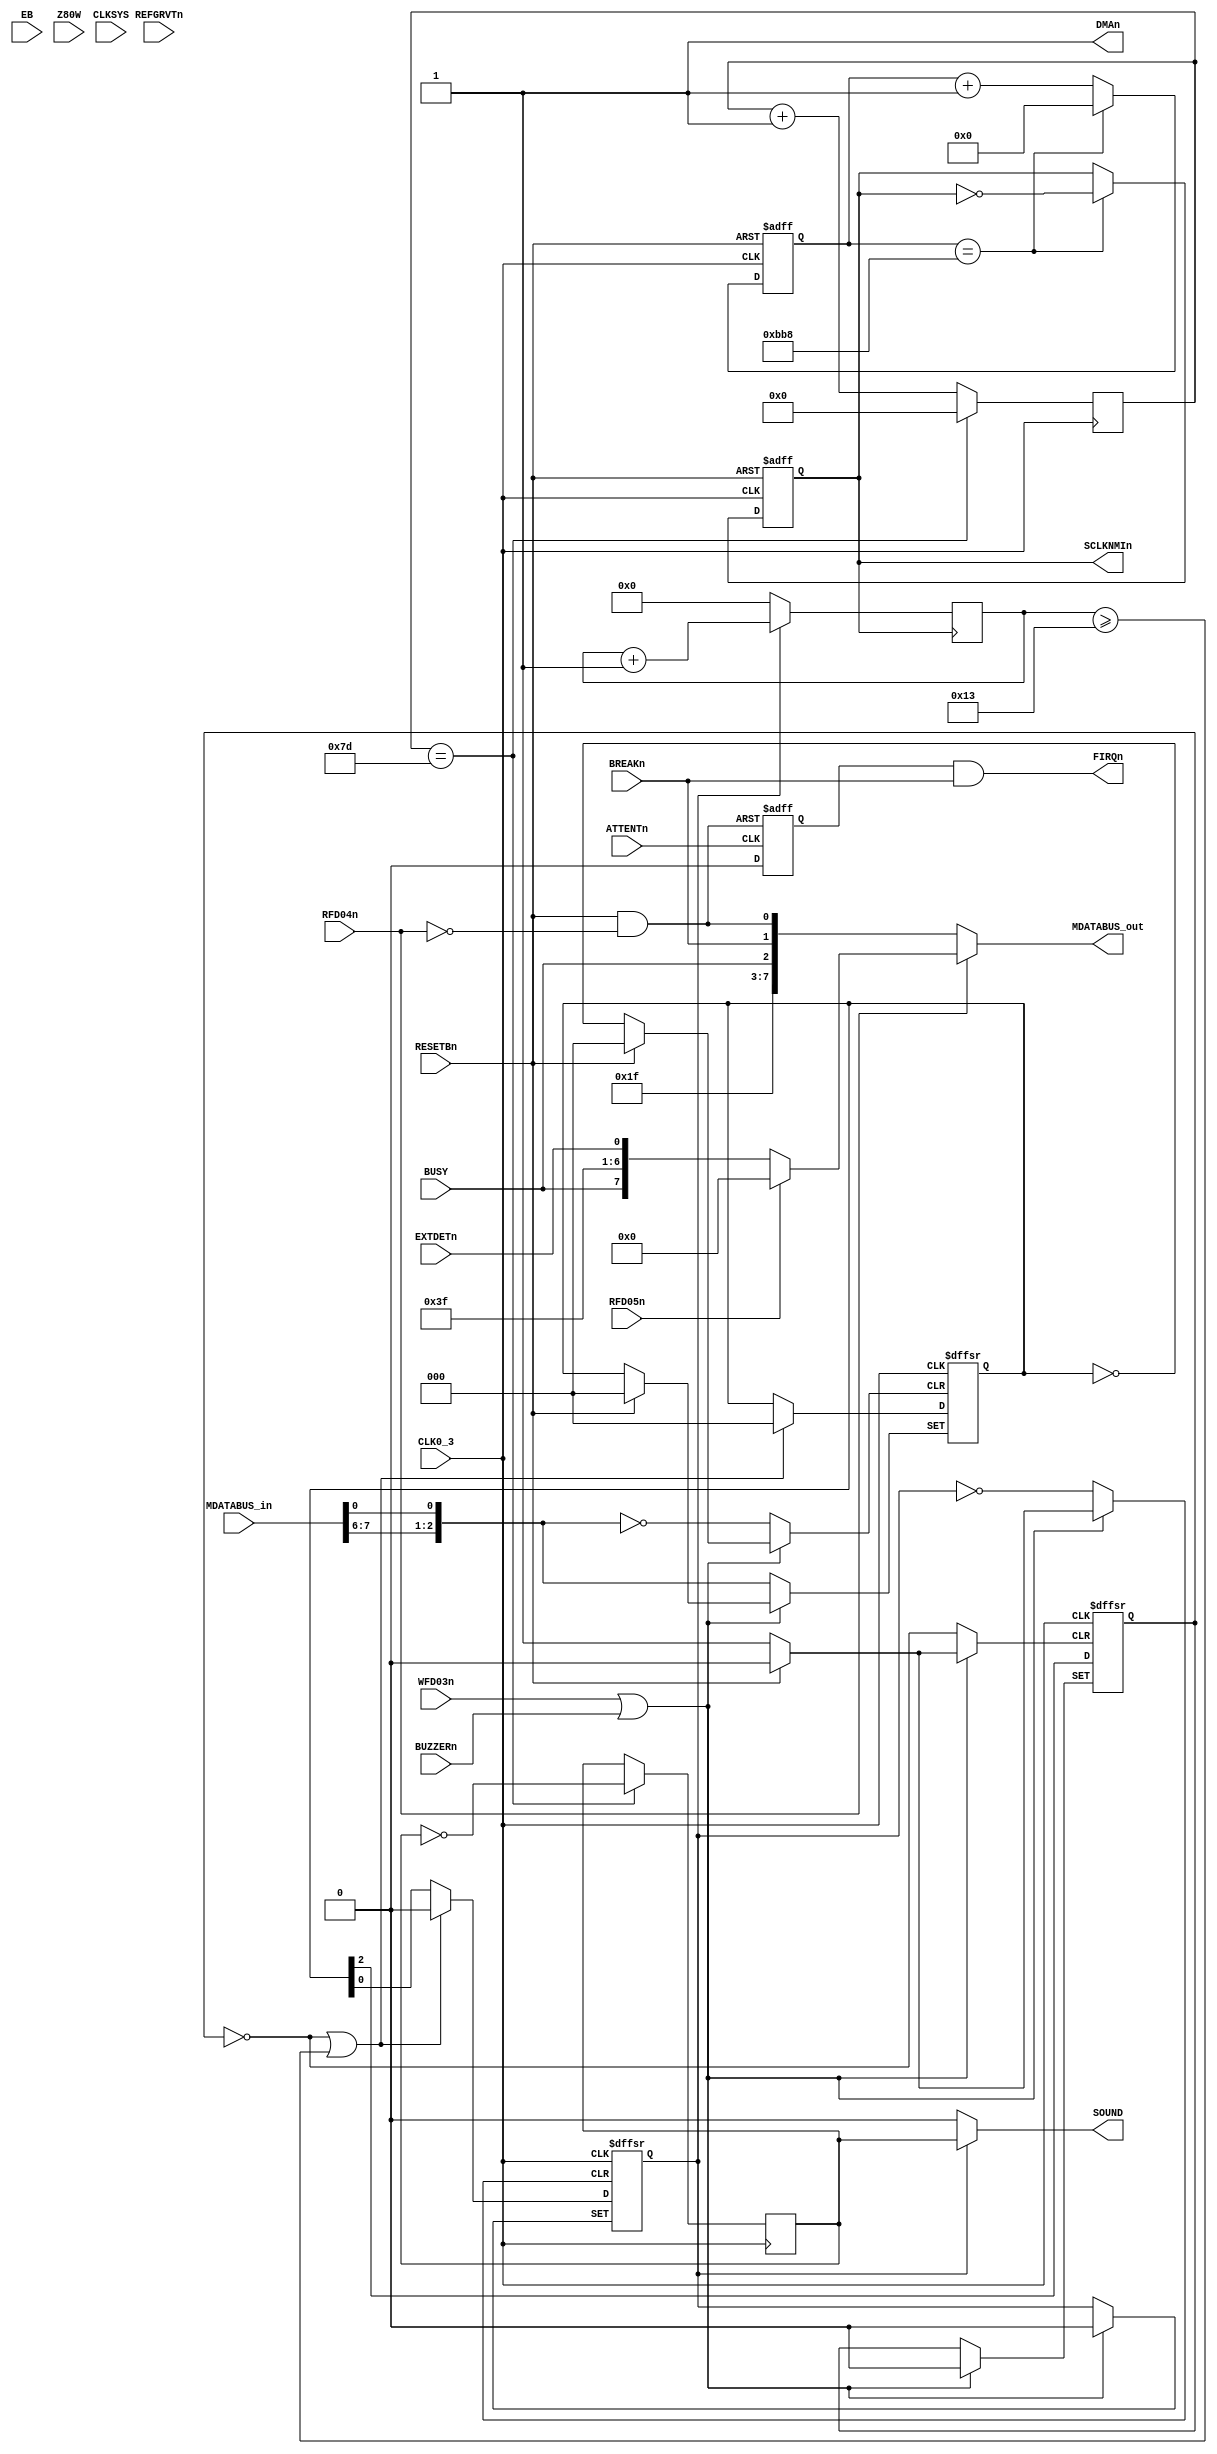

module TIMER(
  input CLKSYS,
  input [7:0] MDATABUS_in,
  output reg [7:0] MDATABUS_out,
  input WFD03n,
  input BUZZERn,
  input RESETBn,
  input EB,
  input Z80W,
  input REFGRVTn,
  input ATTENTn,
  input RFD04n,
  input RFD05n,
  input BUSY,
  input BREAKn,
  input EXTDETn,
  input CLK0_3,
  output SOUND,
  output SCLKNMIn,
  output DMAn,
  output FIRQn
);

reg [2:0] cmd;
reg speaker;
reg single;
reg continuous;
reg [4:0] _1s;

reg [6:0] cnt1;
reg [12:0] cnt2;
reg beep;
reg _20MS;

wire s0 = ~(WFD03n|BUZZERn);

wire reset = ~RESETBn;
always @(posedge CLK0_3, posedge s0, posedge reset) begin
  if (reset) begin
    speaker <= 1'b0;
    single <= 1'b0;
    continuous <= 1'b0;
  end
  else if (s0) cmd <= { MDATABUS_in[7:6], MDATABUS_in[0] };
  else begin
    speaker <= cmd[0];
    single <= cmd[1];
    continuous <= cmd[2];
    // thanks to friendly.joe, we know continuous has priority
    if (~continuous || _1s >= 5'd19) begin
      speaker <= 1'b0;
      cmd <= 3'd0;
    end
  end
end

always @(posedge _20MS) begin
  if (~speaker) _1s <= 5'd0;
  else _1s <= _1s + 5'd1;
end

// 300kHz / 250 = 1200Hz
always @(posedge CLK0_3) begin
  cnt1 <= cnt1 + 7'd1;
  if (cnt1 == 7'd125) begin
    cnt1 <= 7'd0;
    beep <= ~beep;
  end
end

always @(posedge CLK0_3, posedge reset) begin
  if (reset) begin
    cnt2 <= 13'd0;
    _20MS <= 1'b0;
  end
  else begin
    cnt2 <= cnt2 + 13'd1;
    if (cnt2 == 13'd3000) begin
      cnt2 <= 13'd0;
      _20MS <= ~_20MS;
    end
  end
end

// TODO: MB14415 timer / buzzer (see MC14415)

assign DMAn = 1'b1; // dummy output

reg m45_q8n;
wire m47_q11 = RESETBn & ~RFD04n;
wire m76_q6 = ~ATTENTn;

wire s2 = ~m47_q11;
always @(posedge m76_q6, posedge s2)
  if (s2) m45_q8n <= 1'b1;
  else m45_q8n <= 1'b0;

// m72
always @*
  if (~RFD04n)
    MDATABUS_out = { 5'b11111, BUSY, BREAKn, m47_q11 };
  else if (~RFD05n)
    MDATABUS_out = { BUSY, 6'b111111, EXTDETn };
  else
    MDATABUS_out = 8'h00;

assign FIRQn = m45_q8n & BREAKn;
assign SOUND = speaker ? beep : 1'b0;
assign SCLKNMIn = _20MS;

endmodule